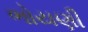
ભોયણી